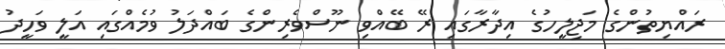
ރައްޔިތުންގެ މަޖިލީހުގެ އިދާރާގައި ރޭ ބޭއްވި ނޫސްވެރިންގެ ބައްދަލު ވުމެއްގައި އަލީ ވަހީދު